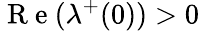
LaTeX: \mathrm{~R~e~}(\lambda^{+}(0))>0